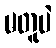
မတူပဲ